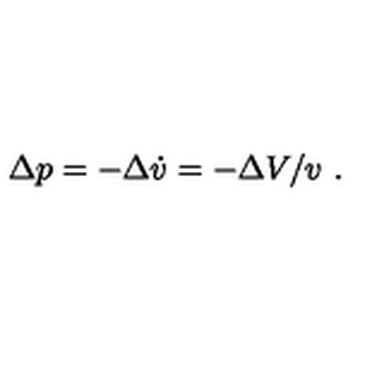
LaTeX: \Delta p = - \Delta \dot { v } = - \Delta V / v \ .